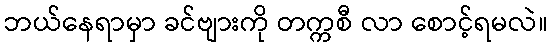
ဘယ်နေရာမှာ ခင်ဗျားကို တက္ကစီ လာ စောင့်ရမလဲ။